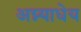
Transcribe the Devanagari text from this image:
अग्न्याधेय